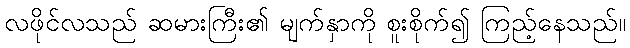
လဖိုင်လသည် ဆမားကြီး၏ မျက်နှာကို စူးစိုက်၍ ကြည့်နေသည်။